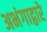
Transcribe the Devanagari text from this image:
अभंगाद्वारे